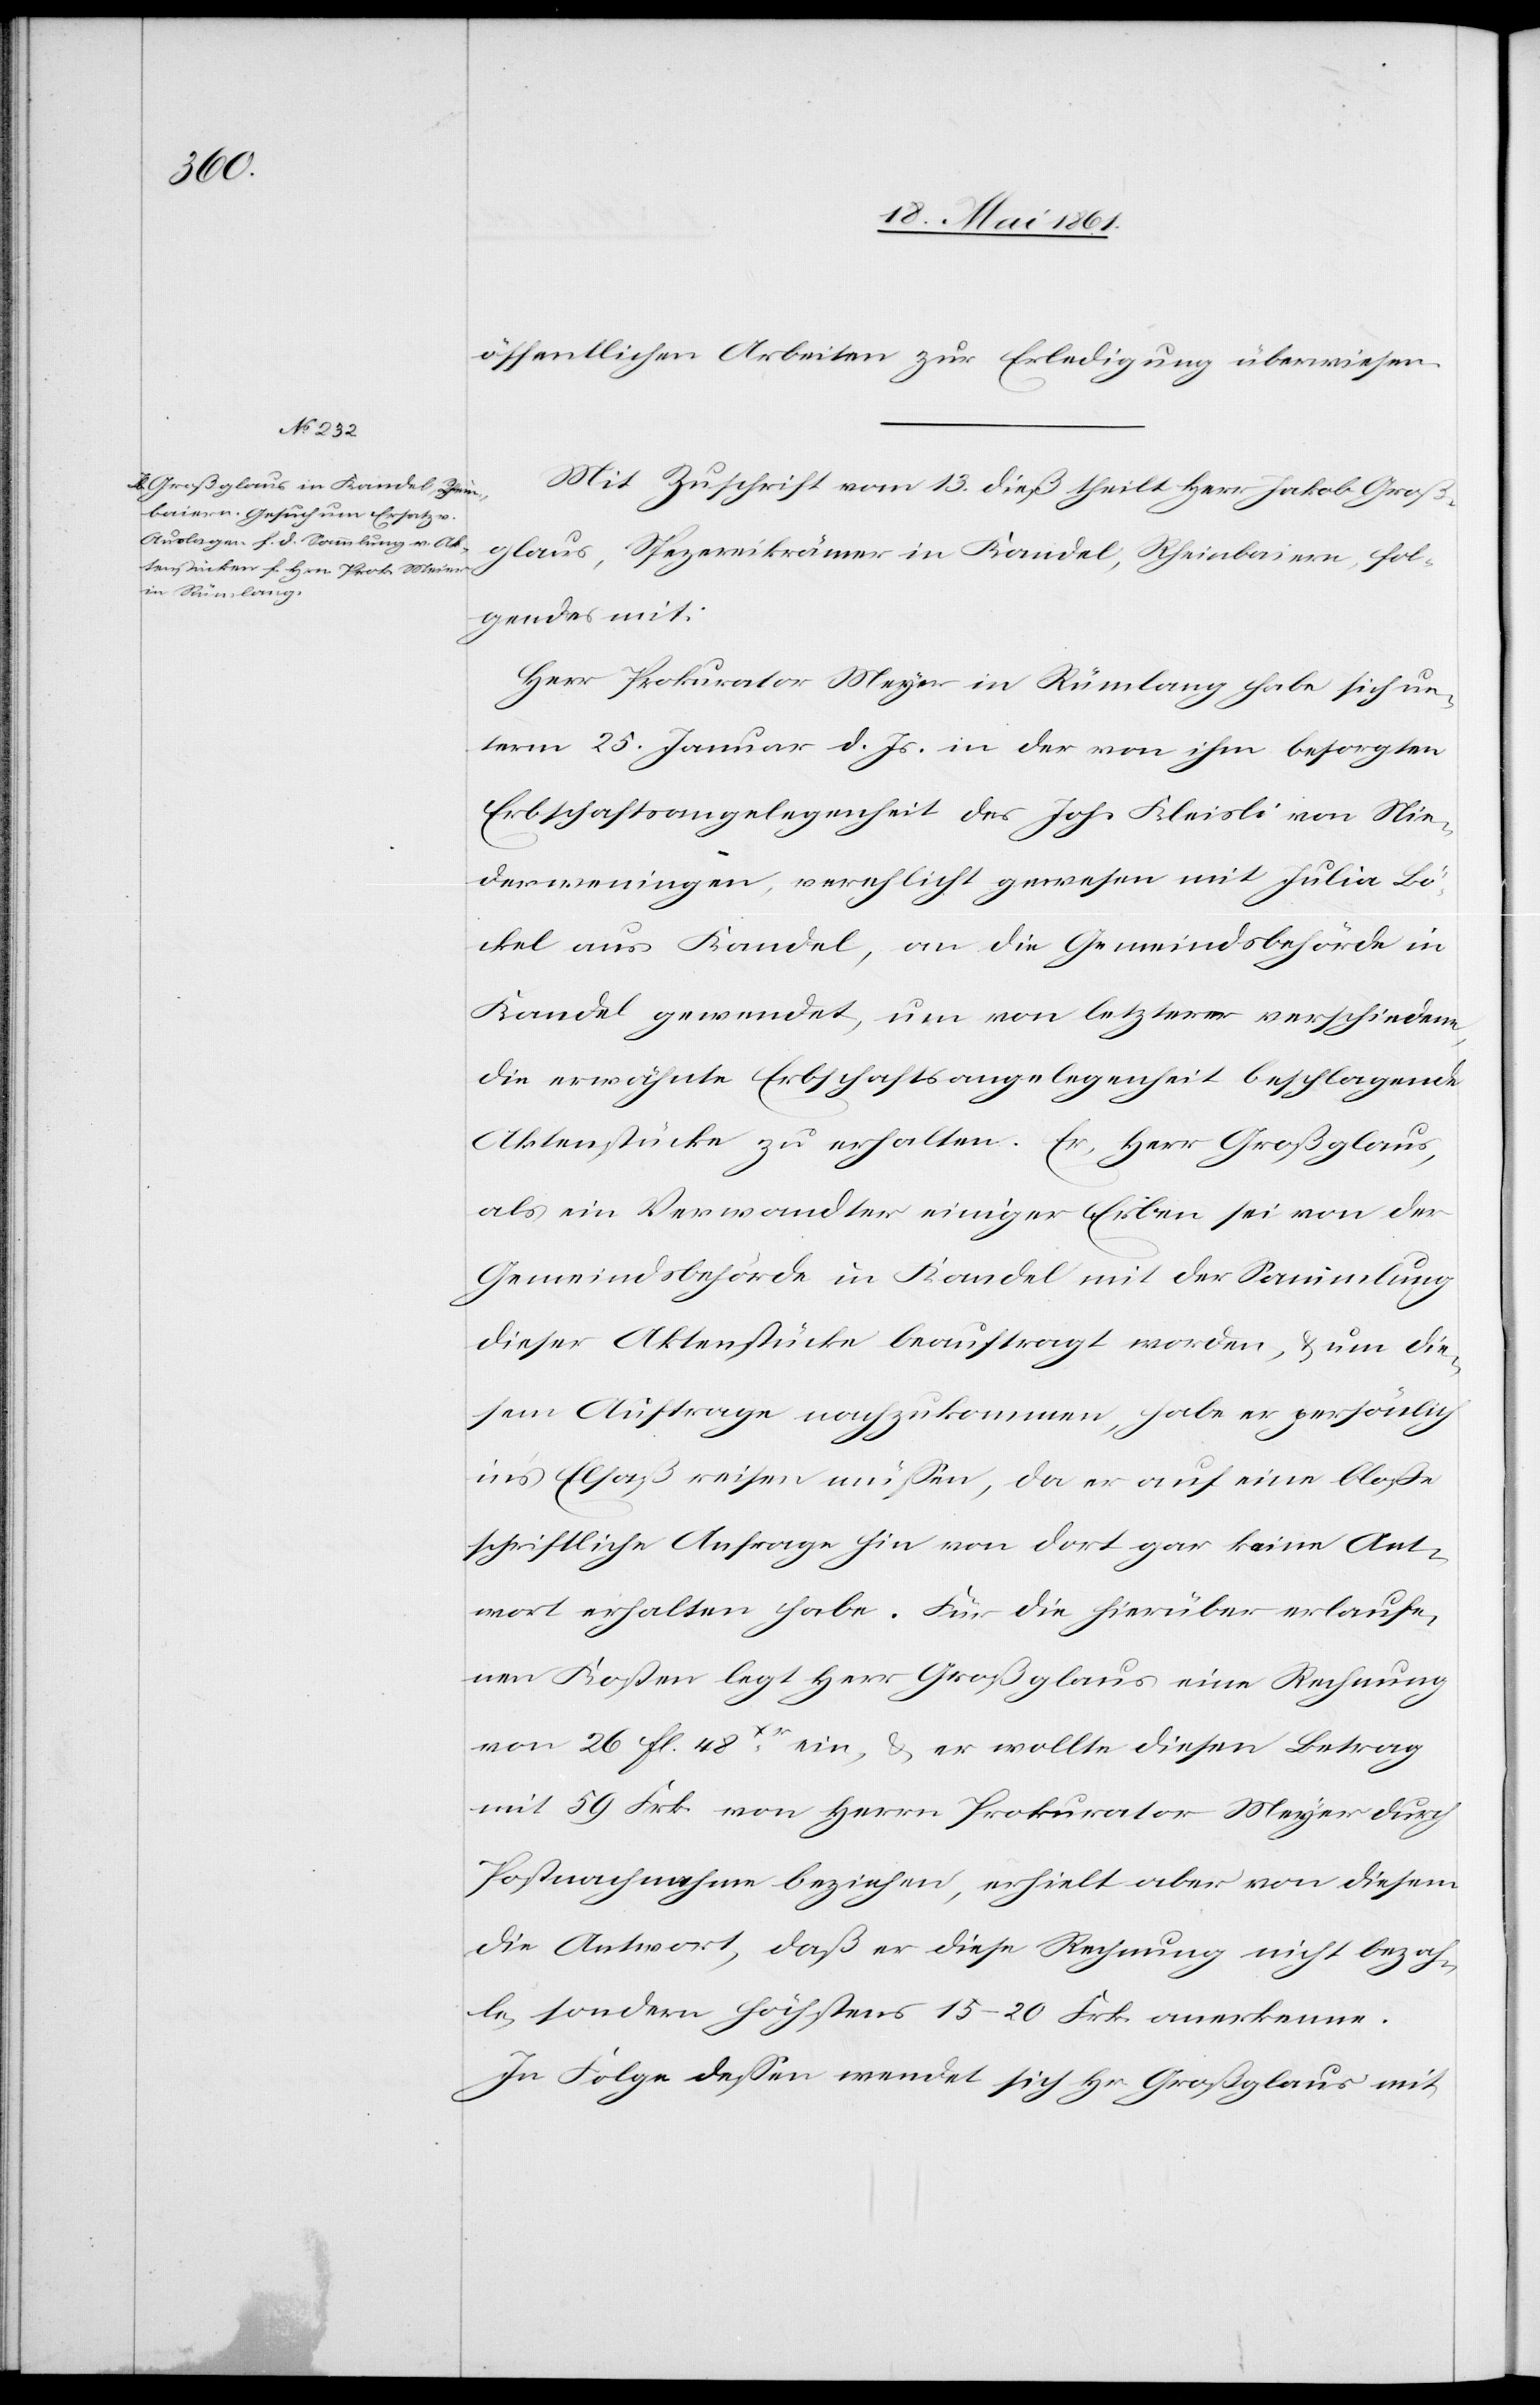
öffentlichen Arbeiten zur Erledigung überwiesen.
Mit Zuschrift vom 13. dieß theilt Hr. Jakob Groß¬
glaus, Spezereikrämer im Kandel, Rheinbaiern, fol¬
gendes mit:
Herr Prokurator Meyer [sic!] in Rümlang habe sich un¬
term 25. Januar d. Js. in der von ihm besorgten
Erbschaftsangelegenheit des Joh. Kleisli von Nie¬
derweningen, verehlicht gewesen mit Julia Lö¬
ckel aus Kandel, an die Gemeindsbehörde in
Kandel gewendet, um von letzterer verschiedene,
die erwähnte Erbschaftsangelegenheit beschlagende
Aktenstücke zu erhalten. Er, Herr Großglaus,
als ein Verwandter einiger Erben sei von der
Gemeindsbehörde in Kandel mit der Sammlung
dieser Aktenstücke beauftragt worden, u. die¬
sem Auftrage nachzukommen, habe er persönlich
in’s Elsaß reisen müssen, da er auf eine bloße
schriftliche Anfrage hin von dort gar keine Ant¬
wort erhalten habe. Für die hierüber erlaufe¬
nen Kosten legt Herr Großglaus eine Rechnung
von 26 fl. 48Xr ein, u. er wollte diesen Betrag
mit 59 Frk. von Herrn Prokurator Meyer durch
Postnachnahme beziehen, erhielt aber von diesem
die Antwort, daß er diese Rechnung nicht bezah¬
le, sondern höchstens 15–20 Frk. anerkenne.
In Folge dessen wendet sich Hr. Großglaus mit